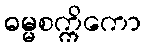
ဓမ္မစက္ကိကော